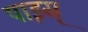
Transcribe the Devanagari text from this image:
पाइस्